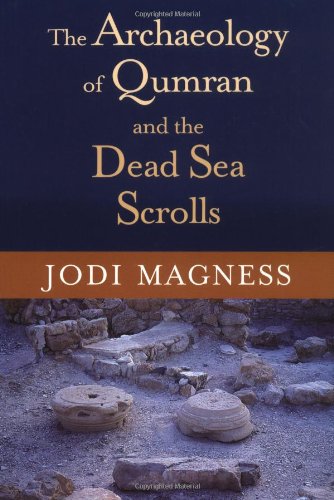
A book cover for The Archaeology of Qumran and the Dead Sea Scrolls (Studies in the Dead Sea Scrolls and Related Literature); Jodi Magness; Christian Books & Bibles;